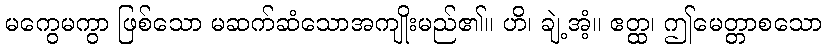
မကွေမကွာ ဖြစ်သော မဆက်ဆံသောအကျိုးမည်၏။ ဟိ၊ ချဲ့အံ့။ ဧတ္ထ၊ ဤမေတ္တာစသော